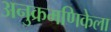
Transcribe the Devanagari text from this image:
अनुक्रमणिकेला